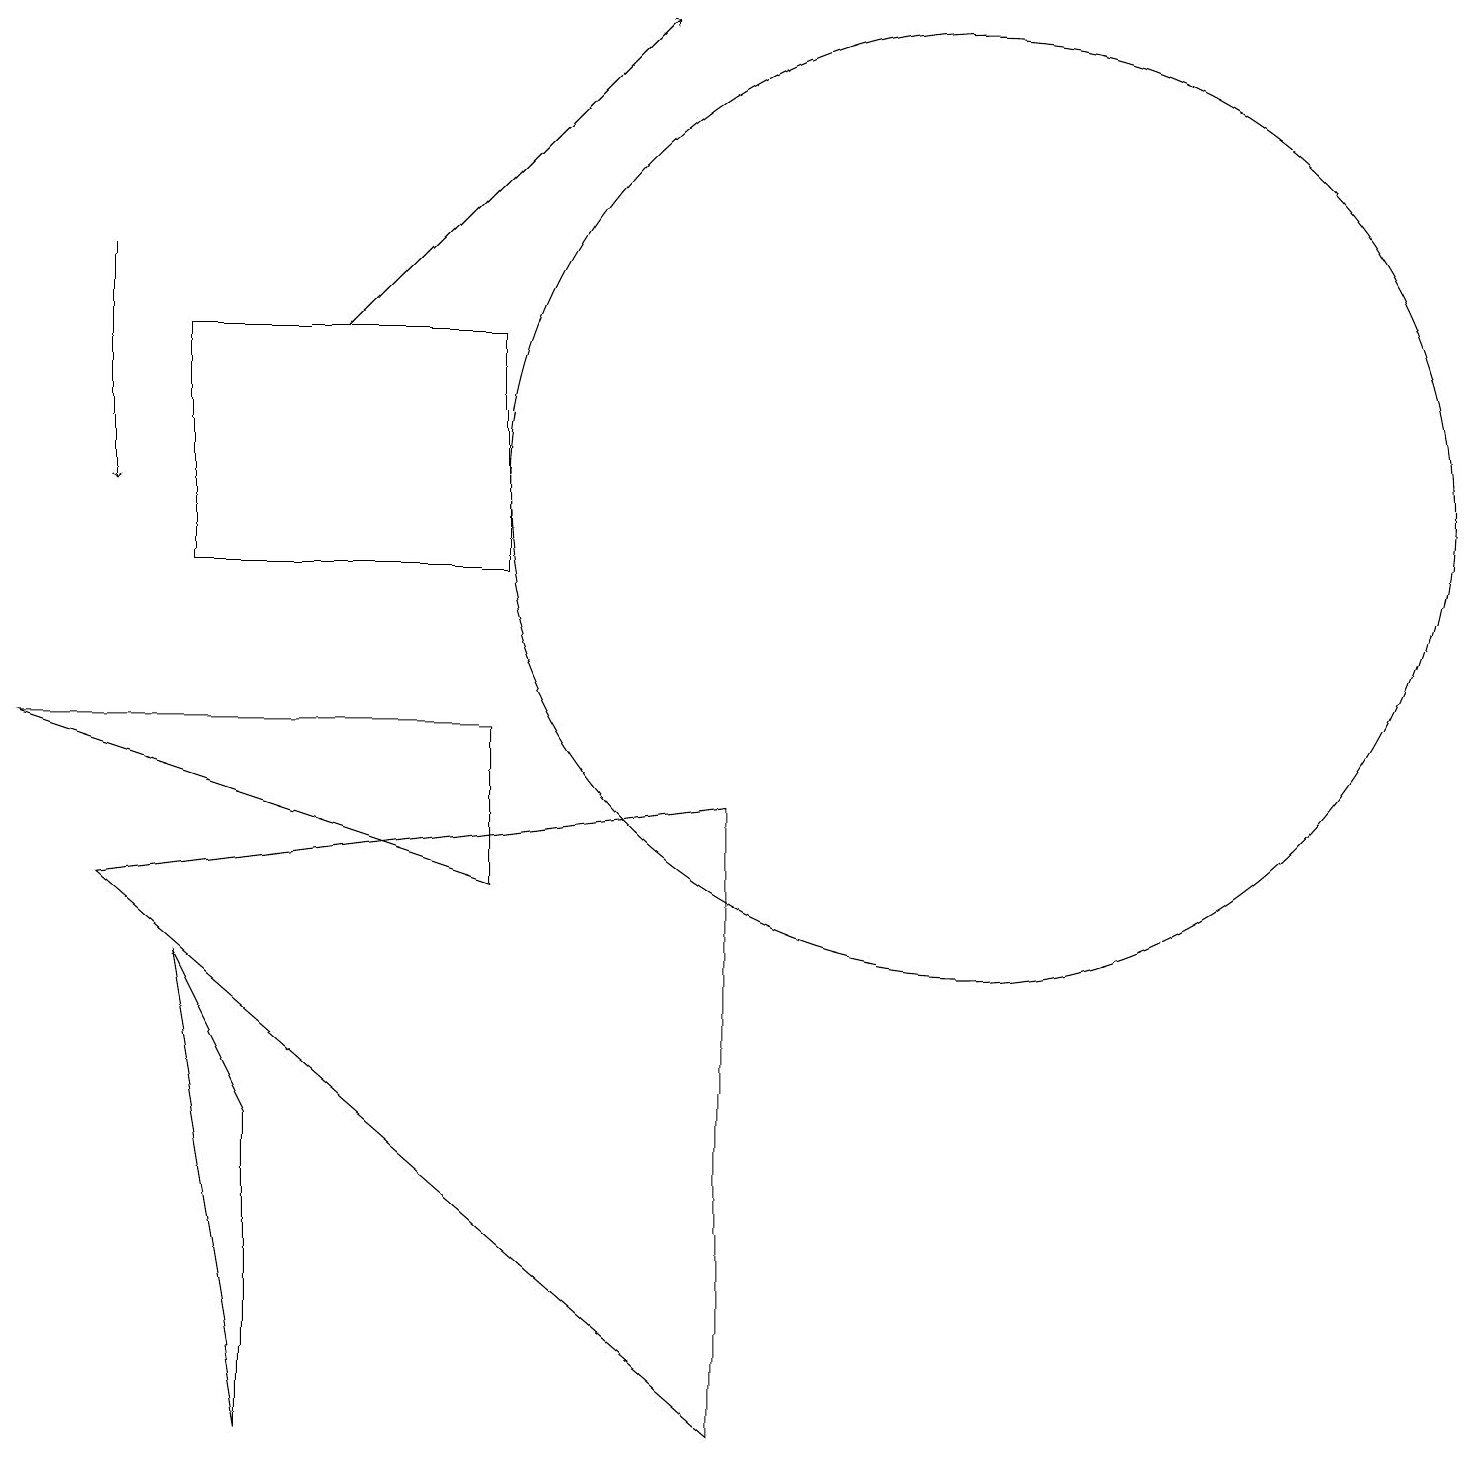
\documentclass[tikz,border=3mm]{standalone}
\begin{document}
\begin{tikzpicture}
\draw (12,12) circle (6);
\draw[->] (1,15) -- (1,12);
\draw (3,0) -- (3,4) -- (2,6) -- cycle;
\draw (9,0) -- (9,8) -- (1,7) -- cycle;
\draw[->] (4,14) -- (8,18);
\draw (6,11) rectangle (2,14);
\draw (6,9) -- (6,7) -- (0,9) -- cycle;
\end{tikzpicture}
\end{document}